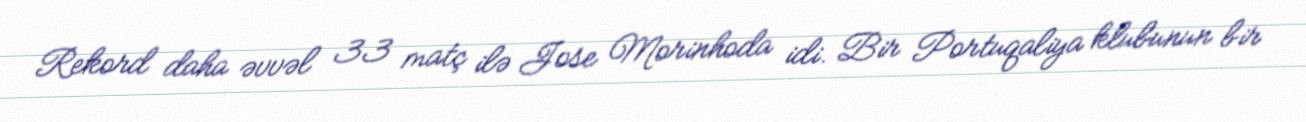
Rekord daha əvvəl 33 matç ilə Jose Morinhoda idi. Bir Portuqaliya klubunun bir